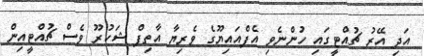
އަދި އޭރު ޗުއްޓީގައި ހުންނެވި އެފްއައިޔޫގެ ވެރިޔާ އާތިފް ޝަކުރޫ ވެސް ޗުއްޓީއިން